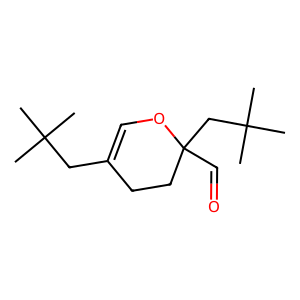
SMILES: CC(C)(C)CC1=COC(C=O)(CC(C)(C)C)CC1
Inhibits HIV replication: No